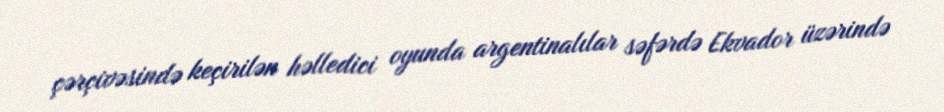
çərçivəsində keçirilən həlledici oyunda argentinalılar səfərdə Ekvador üzərində